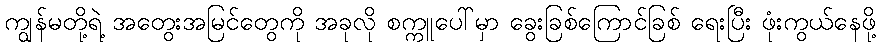
ကျွန်မတို့ရဲ့ အတွေးအမြင်တွေကို အခုလို စက္ကူပေါ်မှာ ခွေးခြစ်ကြောင်ခြစ် ရေးပြီး ဖုံးကွယ်နေဖို့